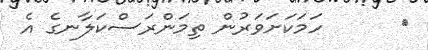
١      ހަމަކަށަވަރުން ތިމަންރަސްކަލާނގެ އެ